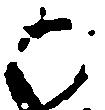
か